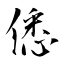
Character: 僁